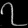
Digit: ၇